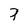
Character: 7